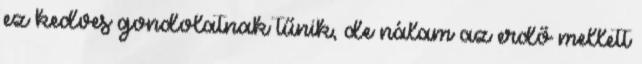
ez kedves gondolatnak tűnik, de nálam az erdő mellett